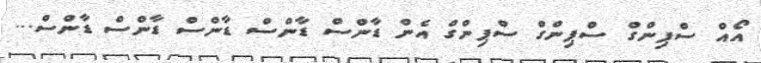
އޯއް ސްޕިންގް ސްޕިންގް ސްޕިންގް އެން ޑާންސް ޑާންސް ޑާންސް ޑާންސް ޑާންސް...